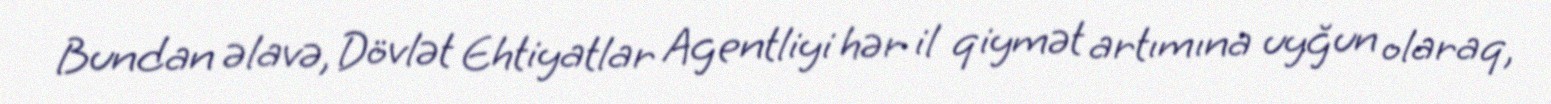
Bundan əlavə, Dövlət Ehtiyatlar Agentliyi hər il qiymət artımına uyğun olaraq,